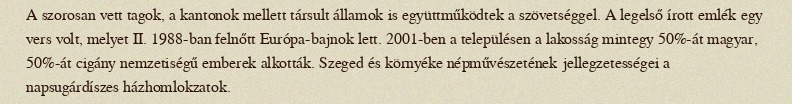
A szorosan vett tagok, a kantonok mellett társult államok is együttműködtek a szövetséggel. A legelső írott emlék egy vers volt, melyet II. 1988-ban felnőtt Európa-bajnok lett. 2001-ben a településen a lakosság mintegy 50%-át magyar, 50%-át cigány nemzetiségű emberek alkották. Szeged és környéke népművészetének jellegzetességei a napsugárdíszes házhomlokzatok.